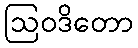
ဩဝဒိတော